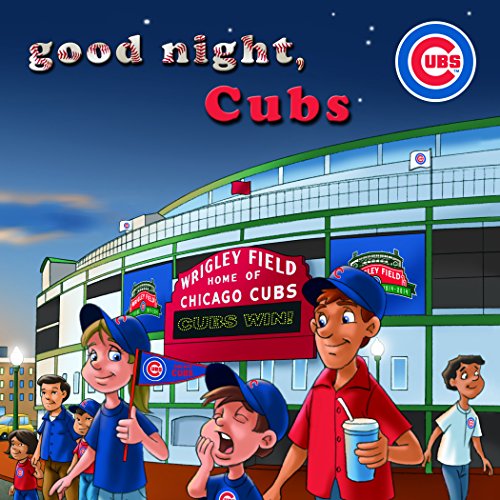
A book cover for Good Night, Cubs; Brad M. Epstein; Children's Books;